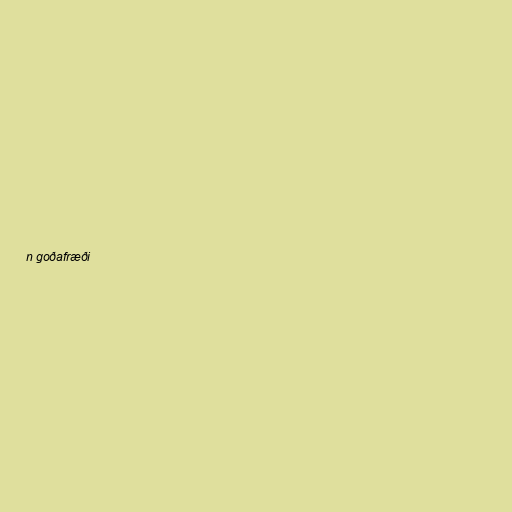
n goðafræði